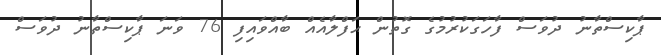
ޕާކިސްތާނު ދުވަސް ފާހަގަކުރުމުގެ ގޮތުން ޙަފްލާއެއް ބާއްވައިފި 76 ވަނަ ޕާކިސްތާނު ދުވަސް